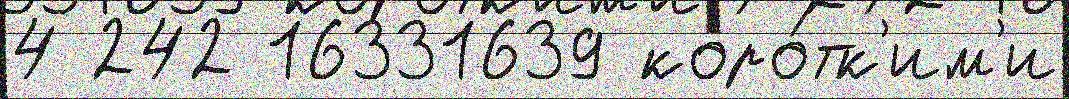
4 242 16331639 коро́тк'им'и